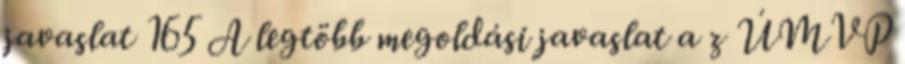
javaslat 165 A legtöbb megoldási javaslat a z ÚMVP